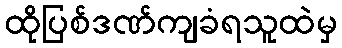
ထိုပြစ်ဒဏ်ကျခံရသူထဲမှ